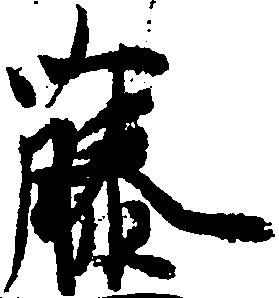
藤